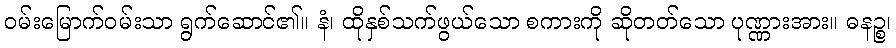
ဝမ်းမြောက်ဝမ်းသာ ရွက်ဆောင်၏။ နံ၊ ထိုနှစ်သက်ဖွယ်သော စကားကို ဆိုတတ်သော ပုဏ္ဏားအား။ ဓနဉ္စ၊